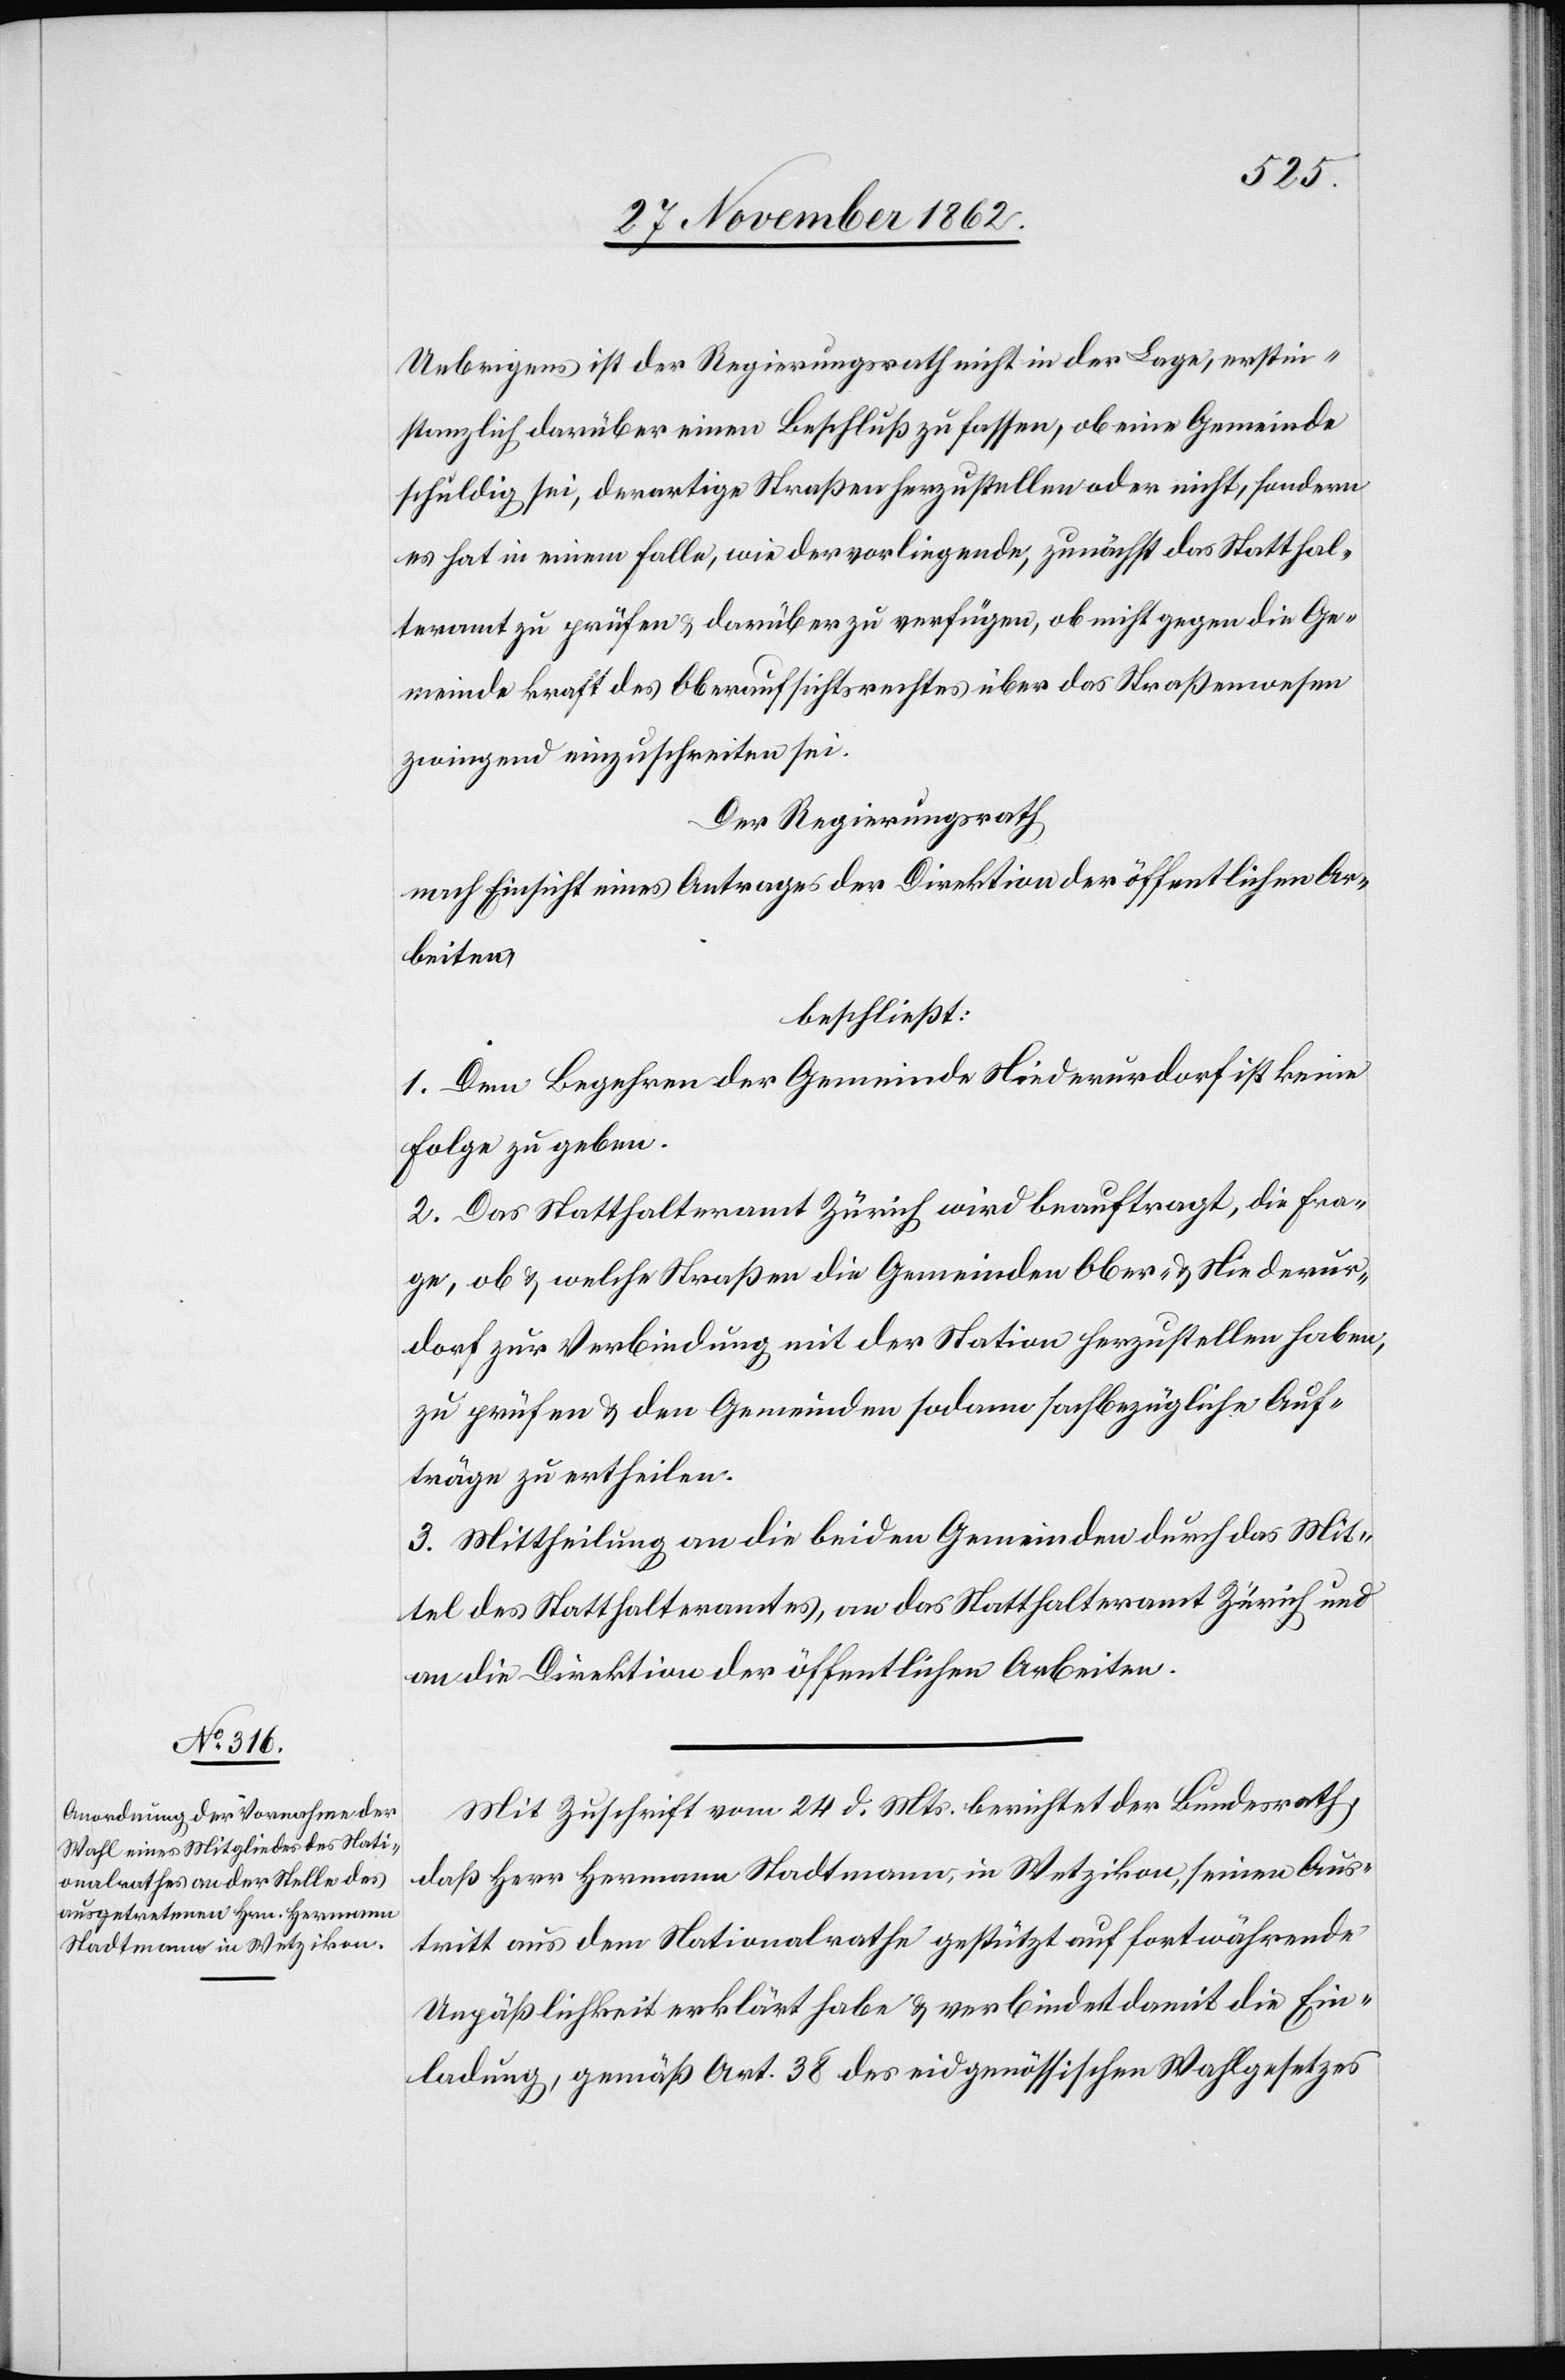
Uebrigens ist der Regierungsrath nicht in der Lage, erstin¬
stanzlich darüber einen Beschluß zu fassen, ob eine Gemeinde
schuldig sei, derartige Straßen herzustellen oder nicht, sondern
es hat in einem Falle, wie der vorliegende, zunächst das Statthal¬
teramt zu prüfen, u. darüber zu verfügen, ob nicht gegen die Ge¬
meinde kraft des Oberaufsichtsrechtes über das Straßenwesen
zwingend einzuschreiten sei.
Der Regierungsrath
nach Einsicht eines Antrages der Direktion der öffentlichen Ar¬
beiten,
beschließt:
1. Dem Begehren der Gemeinde Niederurdorf ist keine
Folge zu geben.
2. Das Statthalteramt Zürich wird beauftragt, die Fra¬
ge, ob u. welche Straßen die Gemeinden Ober- u. Niederur¬
dorf zur Verbindung mit der Station herzustellen haben,
zu prüfen u. den Gemeinden sodann sachbezügliche Auf¬
träge zu ertheilen.
3. Mittheilung an die beiden Gemeinden durch das Mit¬
tel des Statthalteramtes, an das Statthalteramt Zürich und
an die Direktion der öffentlichen Arbeiten.
Mit Zuschrift vom 24.d. Mts. berichtet der Bundesrath,
daß Herr Hermann Stadtmann, in Wetzikon, seinen Aus¬
tritt aus dem Nationalrathe gestützt auf fortwährende
Unpäßlichkeit erklärt habe u. verbindet damit die Ein¬
ladung, gemäß Art. 38 des eidgenössischen Wahlgesetzes